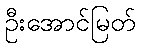
ဦးအောင်မြတ်